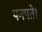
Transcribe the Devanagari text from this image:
पनपते।